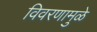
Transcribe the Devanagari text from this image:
विवरणामुळे